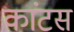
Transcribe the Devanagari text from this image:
कांटस